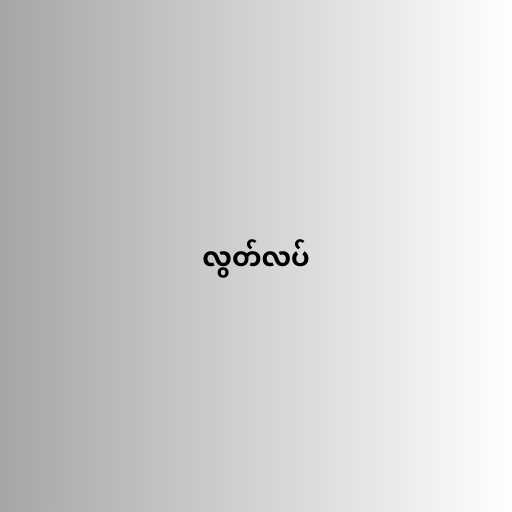
လွတ်လပ်